Document type: Barter
Year: 1304
Scribe: Pere Pometa
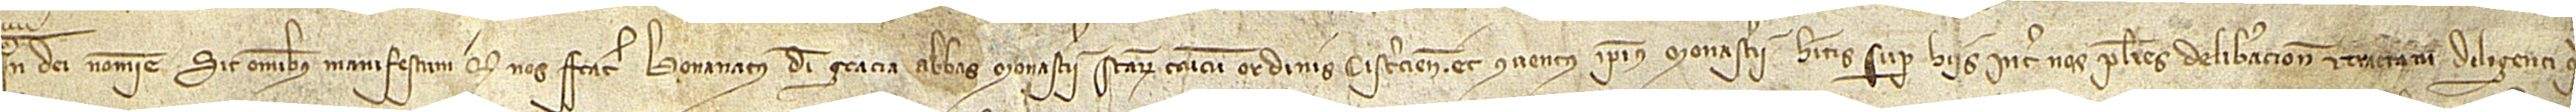
In Dei nomine. Sit omnibus manifestum quod nos frater Bonanatus, Dei gratia abbas monasterii Sanctarum Crucum ordinis Cisterciensis, et conventus ipsius monasterii, habitis super hiis inter nos pluries deliberacionis et tractatu diligenti qui